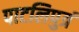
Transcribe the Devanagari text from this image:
पाटलिपुत्रं